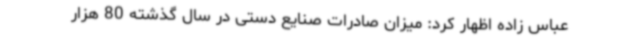
عباس زاده اظهار کرد: میزان صادرات صنایع دستی در سال گذشته 80 هزار